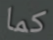
كما